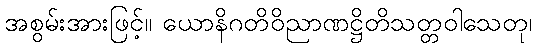
အစွမ်းအားဖြင့်။ ယောနိဂတိဝိညာဏဋ္ဌိတိသတ္တဝါသေတု၊